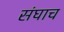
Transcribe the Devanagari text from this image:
संघाच